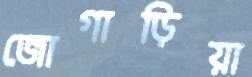
জোগাড়িয়া